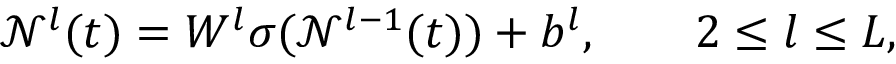
\mathcal { N } ^ { l } ( t ) = W ^ { l } \sigma ( \mathcal { N } ^ { l - 1 } ( t ) ) + b ^ { l } , \qquad 2 \leq l \leq L ,